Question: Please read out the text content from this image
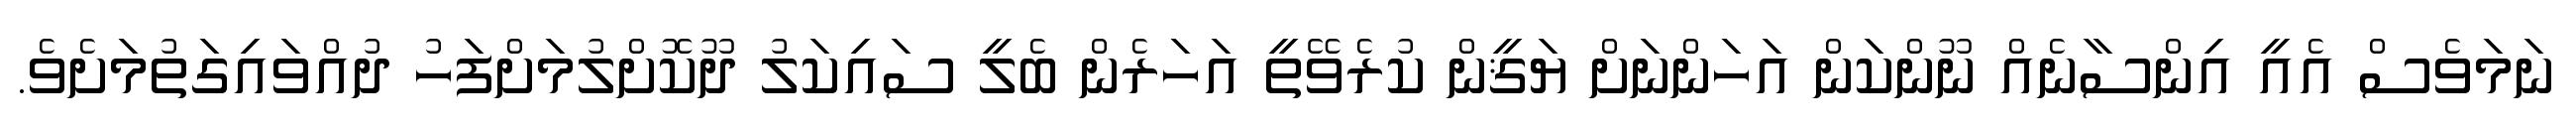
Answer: ނަމަވެސް އެއީ އިންސާނެއް ނޫންކަން އަހަންނަށް ޔަޤީން ކުރެވޭތީ އަހަރެން ބެލީ ސައިކަލު ދޫކޮށްލުމަށްފަހު ދުއްވައިގަތުމަށެވެ.